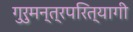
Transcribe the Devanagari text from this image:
गुरुमन्त्रपरित्यागी